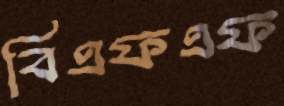
বিএফএফ